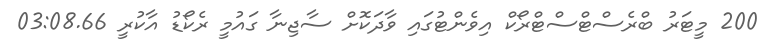
200 މީޓަރު ބްރެސްޓްސްޓްރޯކް އިވެންޓުގައި ވާދަކޮށް ސާޖިނާ ގައުމީ ރެކޯޑު އާކުރީ 03:08.66